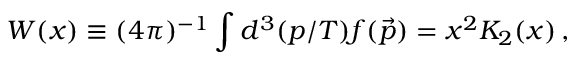
W ( x ) \equiv ( 4 \pi ) ^ { - 1 } \int d ^ { 3 } ( p / T ) f ( \vec { p } ) = x ^ { 2 } K _ { 2 } ( x ) \, ,